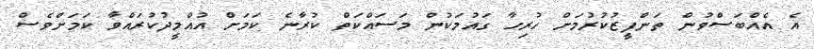
އެ އެއްބަސްވުން ތަންފީޒުކުރުމަށް ހުރިހާ ގައުމަކުން މަސައްކަތް ކުރާނެ ކަމަށް އުއްމީދުކުރައްވާ ކަމަށްވެސް